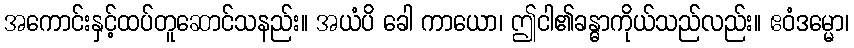
အကောင်းနှင့်ထပ်တူဆောင်သနည်း။ အယံပိ ခေါ ကာယော၊ ဤငါ၏ခန္ဓာကိုယ်သည်လည်း။ ဧဝံဒမ္မော၊